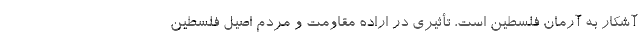
آشکار به آرمانِ فلسطین است، تأثیری در ارادهِ مقاومت و مردم اصیل فلسطین